Annual report of the Punjab Veterinary College and of the Civil Veterinary Department, Punjab - 1926-1932
Year: 1926
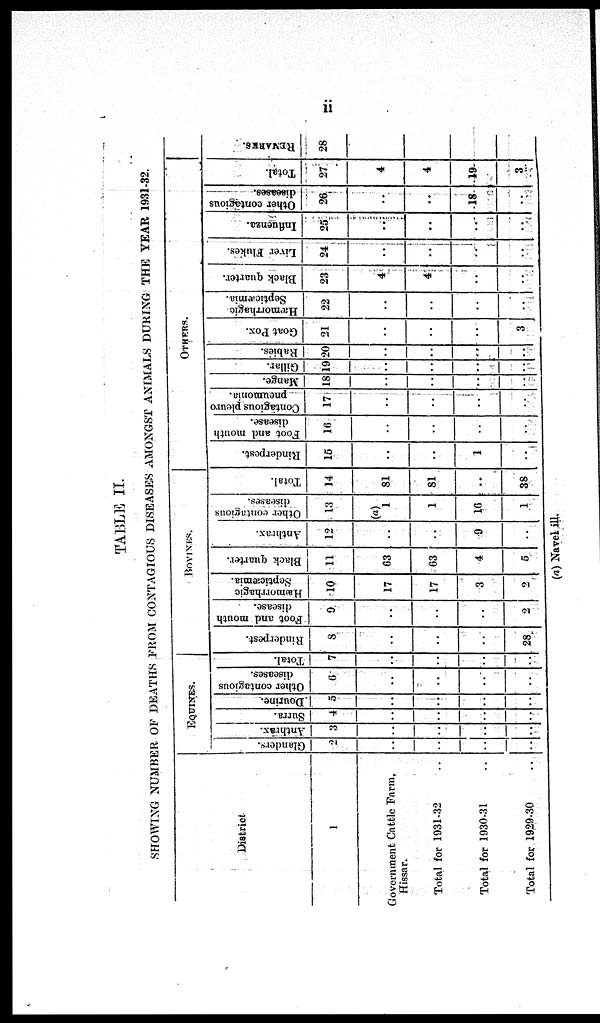
ii
TABLE II.
SHOWING NUMBER OF DEATHS FROM CONTAGIOUS DISEASES AMONGST ANIMALS DURING THE YEAR 1931-32.
District
1
Government Cattle Farm.
Hissar.
Total for 1931-32 ..
Total for 1930-31 ..
Total for 1929-30 ..
EQUINES.
Glanders.
2
..
..
..
..
Anthrax.
3
..
..
..
..
Surra.
4
..
..
..
..
Dourine.
5
..
..
..
..
Other contagious
diseases.
6
..
..
..
..
Total.
7
..
..
..
..
Bovines.
Rinderpest.
8
..
..
..
28
Foot and mouth
disease.
9
..
..
..
2
Septicæmia.
10
17
17
3
2
Black quarter.
11
63
63
4
5
Anthrax.
12
..
..
9
..
Other contagious
13
(a)
1
1
16
1
Total.
14
81
81
..
38
OTHERS.
Rinderpest.
15
..
..
1
..
Foot
and mouth
disease.
16
..
..
..
..
Contagious pleuro
pneumonia.
17
..
..
..
..
Mange.
18
..
..
..
..
Gillar.
19
..
..
..
..
Rabies.
20
..
..
..
..
Goat
Pox.
21
..
..
..
3
Septicæmia.
22
..
..
..
..
Black quarter.
23
4
4
..
..
Liver Flukes.
24
..
..
..
..
Influenza.
25
..
..
..
..
Other contagious
26
..
..
18
..
Total.
27
4
4
49
3
REMARKS.
28
(a) Navel ill.